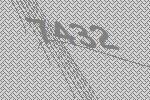
7432